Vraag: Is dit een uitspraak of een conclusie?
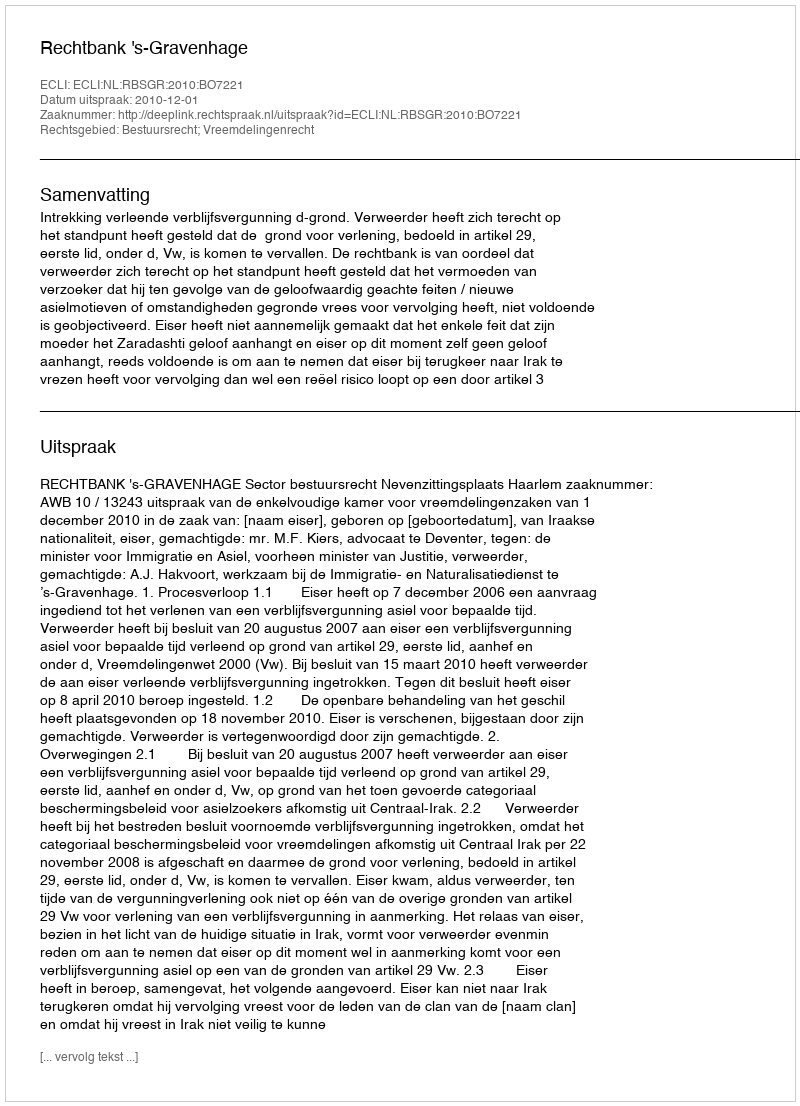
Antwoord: Uitspraak